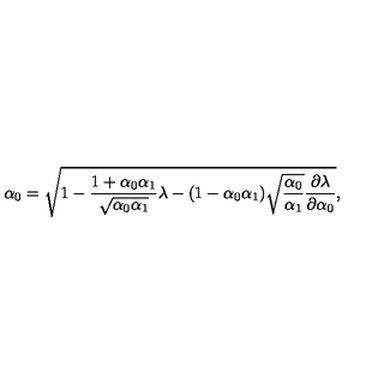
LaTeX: \alpha _ { 0 } = \sqrt { 1 - \frac { 1 + \alpha _ { 0 } \alpha _ { 1 } } { \sqrt { \alpha _ { 0 } \alpha _ { 1 } } } \lambda - ( 1 - \alpha _ { 0 } \alpha _ { 1 } ) \sqrt { \frac { \alpha _ { 0 } } { \alpha _ { 1 } } } \frac { \partial \lambda } { \partial \alpha _ { 0 } } } ,